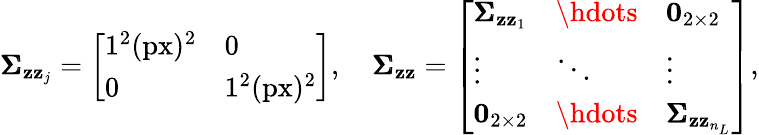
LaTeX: \pmb{\Sigma}_{\mathbf{z}\mathbf{z}_{j}}=\left[\begin{array}{ll}{1^{2}(\mathrm{px})^{2}}&{0}\\ {0}&{1^{2}(\mathrm{px})^{2}}\end{array}\right],\quad\pmb{\Sigma}_{\mathbf{z}\mathbf{z}}=\left[\begin{array}{lll}{\pmb{\Sigma}_{\mathbf{z}\mathbf{z}_{1}}}&{\hdots}&{\mathbf{0}_{2\times 2}}\\ {\vdots}&{\ddots}&{\vdots}\\ {\mathbf{0}_{2\times 2}}&{\hdots}&{\pmb{\Sigma}_{\mathbf{z}\mathbf{z}_{n_{L}}}}\end{array}\right],